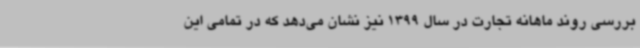
بررسی روند ماهانه تجارت در سال 1399 نیز نشان می‌دهد که در تمامی این